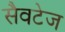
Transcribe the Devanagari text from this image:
सैवटेज